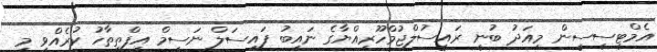
އެމްޓީސީސީން މިއަދު ބުނީ ރައީސުލްޖުމްހޫރިއްޔާގެ ނައިބު ފައިސަލް ނަސީމް އިފްތިތާހު ކުރެއްވި މި